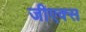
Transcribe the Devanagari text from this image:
जीएक्स